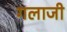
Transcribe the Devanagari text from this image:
गलाजी